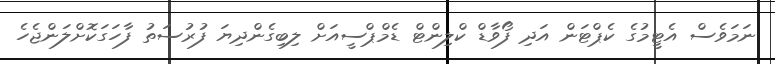
ނަމަވެސް އެޓީމުގެ ކެޕްޓަން އަދި ފޯވާޑް ކްލިންޓް ޑެމްޕްސީއަށް ލިބިގެންދިޔަ ފުރުސަތު ފާހަގަކޮށްލަންޖެހެ